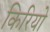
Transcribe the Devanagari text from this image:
किरियो